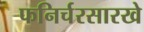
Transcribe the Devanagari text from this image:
फनिर्चरसारखे